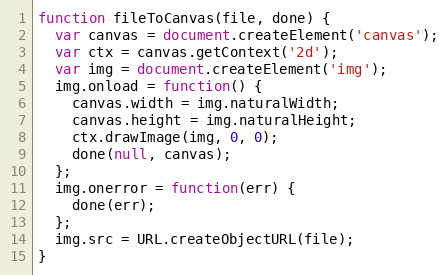
Language: JavaScript
function fileToCanvas(file, done) {
  var canvas = document.createElement('canvas');
  var ctx = canvas.getContext('2d');
  var img = document.createElement('img');
  img.onload = function() {
    canvas.width = img.naturalWidth;
    canvas.height = img.naturalHeight;
    ctx.drawImage(img, 0, 0);
    done(null, canvas);
  };
  img.onerror = function(err) {
    done(err);
  };
  img.src = URL.createObjectURL(file);
}